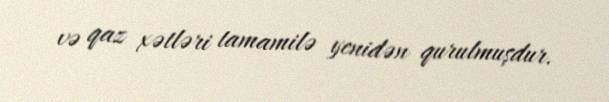
və qaz xətləri tamamilə yenidən qurulmuşdur.